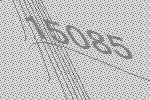
15085